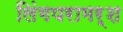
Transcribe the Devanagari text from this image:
लिंगपरामर्श